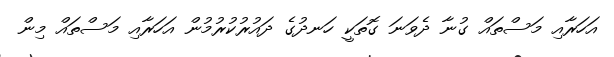
އަހަރާއި މަސްތައް ގުނާ ދެވަނަ ގޮތަކީ ހަނދުގެ ދައުރުކުރުމުން އަހަރާއި މަސްތައް މިން